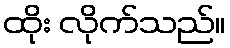
ထိုး လိုက်သည်။